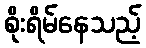
စိုးရိမ်နေသည့်